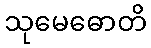
သုမေဓောတိ